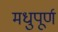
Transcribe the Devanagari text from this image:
मधुपूर्ण